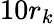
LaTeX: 10r_{k}